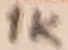
Text: 1K